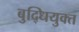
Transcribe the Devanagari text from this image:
बुद्धियुक्‍त